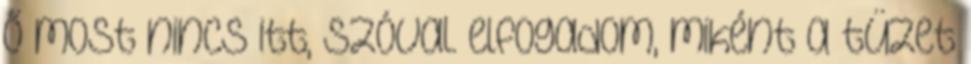
ő most nincs itt, szóval. elfogadom, miként a tüzet